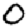
Digit: 0